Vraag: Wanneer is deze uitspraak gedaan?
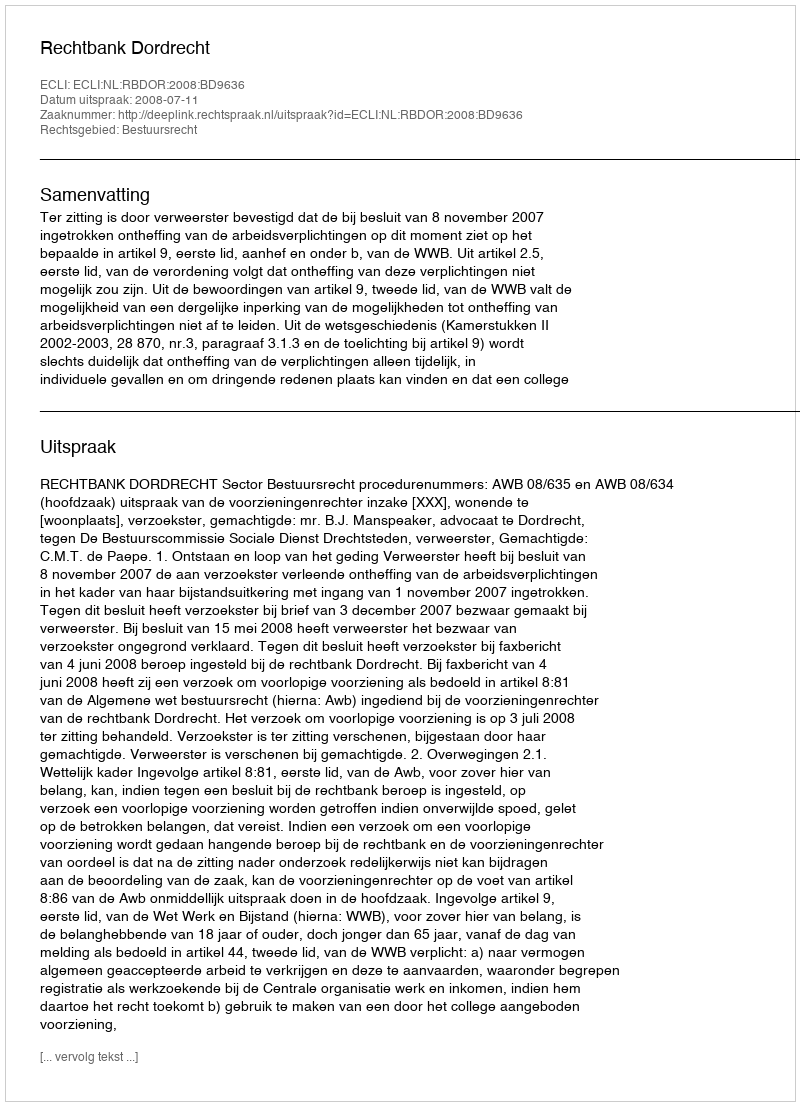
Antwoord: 2008-07-11